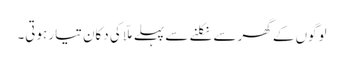
لوگوں کے گھر سے نکلنے سے پہلے ملّا کی دکان تیار ہوتی۔